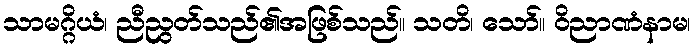
သာမဂ္ဂိယံ၊ ညီညွတ်သည်၏အဖြစ်သည်။ သတိ၊ သော်။ ဝိညာဏံနာမ၊